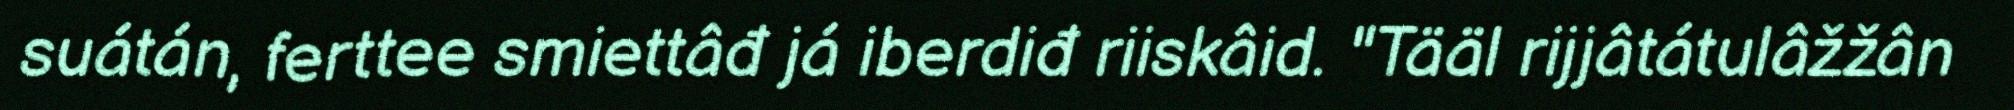
suátán, ferttee smiettâđ já iberdiđ riiskâid. "Tääl rijjâtátulâžžân